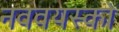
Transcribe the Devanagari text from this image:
नववयस्कों